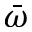
\bar { \omega }